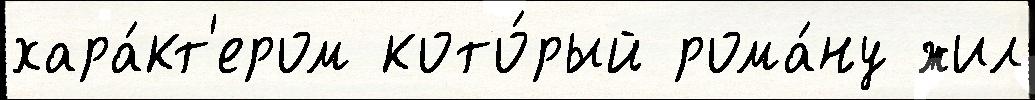
хара́кт'ером кото́рый рома́ну жил